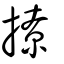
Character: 撩